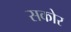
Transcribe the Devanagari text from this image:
सकोर